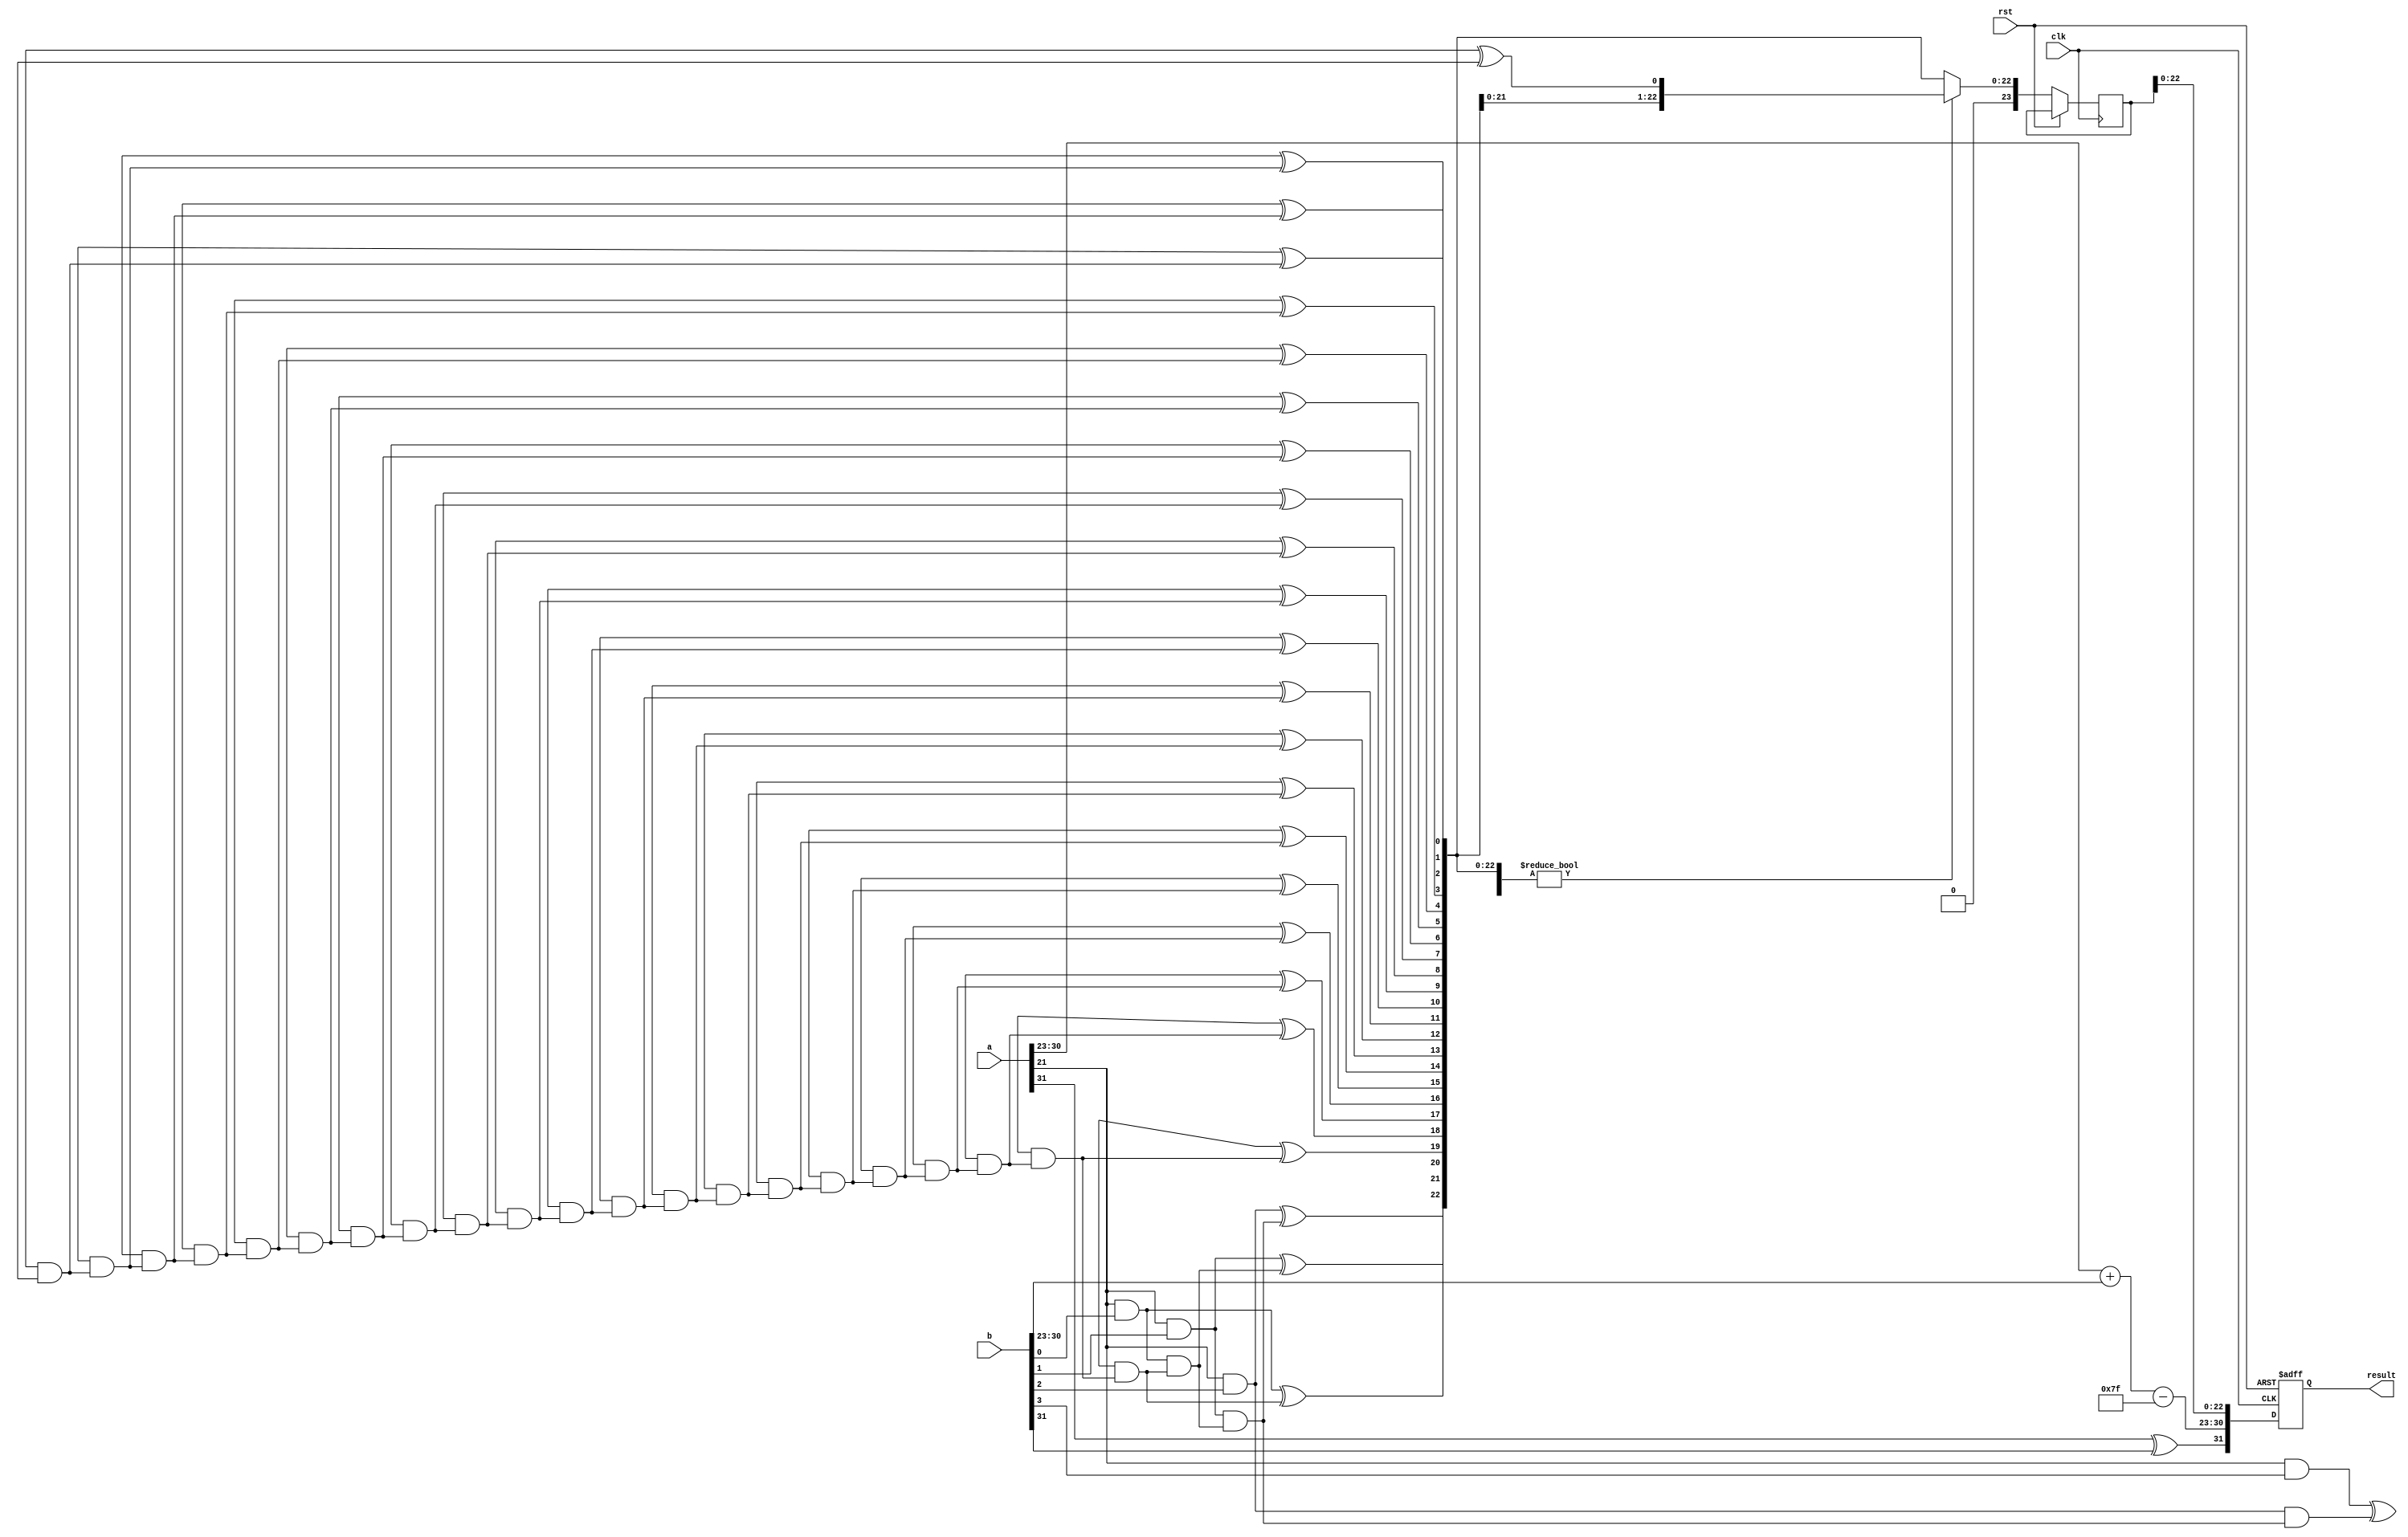
module FloatingPointWallaceTreeMultiplier #(
    parameter E = 8, // Exponent bits
    parameter M = 23, // Significand bits
    parameter BIAS = 127 // Bias for single-precision
)(
    input wire clk,
    input wire rst,
    input wire [E+M:0] a, // Input 1: [Sign, Exponent, Significand]
    input wire [E+M:0] b, // Input 2: [Sign, Exponent, Significand]
    output reg [E+M:0] result // Output: [Sign, Exponent, Significand]
);

// Internal signals
wire sign_a, sign_b, sign_result;
wire [E-1:0] exponent_a, exponent_b;
wire [M:0] significand_a, significand_b; // including implicit leading bit
wire [2*M:0] partial_products[0:M-1]; // Partial products
wire [2*M:0] reduced_sum; // Final reduced significand
wire [E-1:0] exponent_result;
reg [M:0] significand_result;

// Extracting parts
assign sign_a = a[E+M];
assign sign_b = b[E+M];
assign exponent_a = a[E+M-1:M];
assign exponent_b = b[E+M-1:M];
assign significand_a = {1'b1, a[M-1:0]}; // Implicit leading 1
assign significand_b = {1'b1, b[M-1:0]}; // Implicit leading 1

// Generate partial products
genvar i, j;
generate
    for (i = 0; i < M; i = i + 1) begin : pp_gen
        for (j = 0; j < M; j = j + 1) begin : pp_inner
            assign partial_products[i][i+j] = significand_a[i] & significand_b[j];
        end
    end
endgenerate

// Reduction tree (simplified for clarity)
wire [2*M:0] sum_stage1[M-1:0];
wire [M+1:0] carry_stage1[M-1:0];

generate
    for (i = 0; i < M-1; i = i + 1) begin : reduction
        // Full adder logic for simplicity, can use more efficient designs.
        assign sum_stage1[i][0] = partial_products[i][0] ^ partial_products[i+1][0];
        assign carry_stage1[i][0] = partial_products[i][0] & partial_products[i+1][0];

        for (j = 1; j <= 2*M; j = j + 1) begin : adder
            assign sum_stage1[i][j] = partial_products[i][j] ^ carry_stage1[i][j-1];
            assign carry_stage1[i][j] = partial_products[i][j] & carry_stage1[i][j-1];
        end
    end
endgenerate

// Final sum (reduction stage)
assign reduced_sum = sum_stage1[M-2];

// Exponent calculation
assign exponent_result = exponent_a + exponent_b - BIAS;

// Sign calculation
assign sign_result = sign_a ^ sign_b;

// Normalization and Rounding (simplified)
always @ (posedge clk or posedge rst) begin
    if (rst) begin
        result <= 0;
    end else begin
        // Normalize: shift left until leading 1 is found
        significand_result <= reduced_sum[M+1:M+1-M] ? reduced_sum[M-1:0] : reduced_sum[M:1];
        // Final result assembly
        result <= {sign_result, exponent_result, significand_result[M-1:0]};
    end
end

endmodule